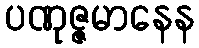
ပဏုဇ္ဇမာနေန